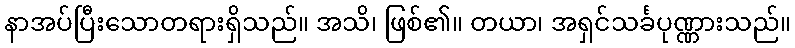
နာအပ်ပြီးသောတရားရှိသည်။ အသိ၊ ဖြစ်၏။ တယာ၊ အရှင်သင်္ခပုဏ္ဏားသည်။